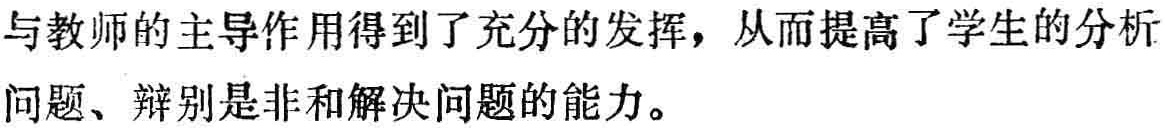
与教师的主导作用得到了充分的发挥，从而提高了学生的分析问题、辩别是非和解决问题的能力。